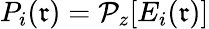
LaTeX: P_{i}(\mathfrak{r})=\mathcal{{P}}_{z}{[E_{i}(\mathfrak{r})]}